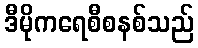
ဒီမိုကရေစီစနစ်သည်